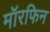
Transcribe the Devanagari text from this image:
मॉरफिन